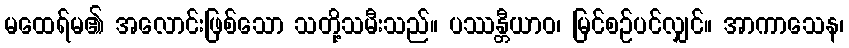
မထေရ်မ၏ အလောင်းဖြစ်သော သတို့သမီးသည်။ ပဿန္တီယာဝ၊ မြင်စဉ်ပင်လျှင်။ အာကာသေန၊